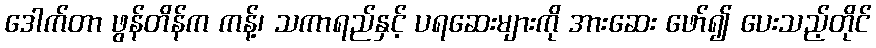
ဒေါက်တာ ဖွန်တိန်က ကန့်၊ သကာရည်နှင့် ပရဆေးများကို အားဆေး ဖော်၍ ပေးသည့်တိုင်